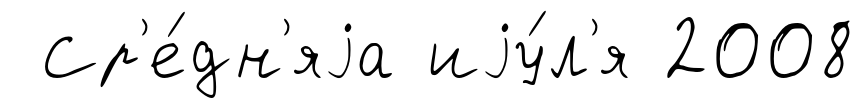
Ср'е́дн'яjа иjу́л'я 2008